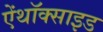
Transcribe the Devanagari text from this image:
ऐंथॉक्साइड